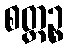
စတ္တဉ္စ